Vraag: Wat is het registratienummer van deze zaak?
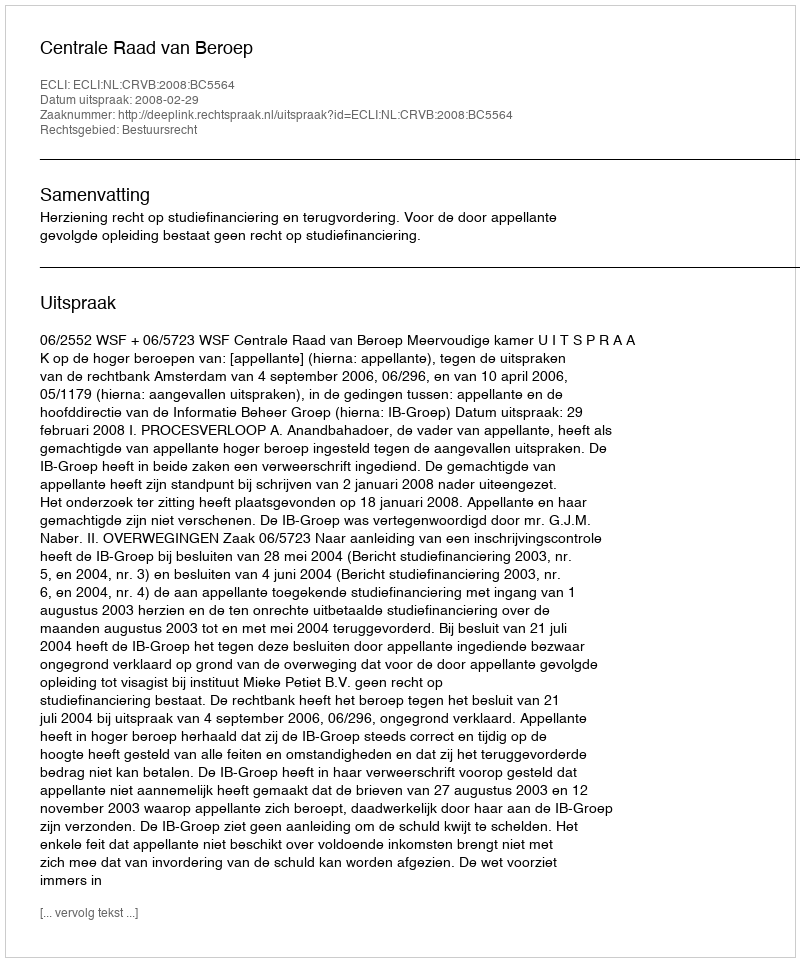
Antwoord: http://deeplink.rechtspraak.nl/uitspraak?id=ECLI:NL:CRVB:2008:BC5564